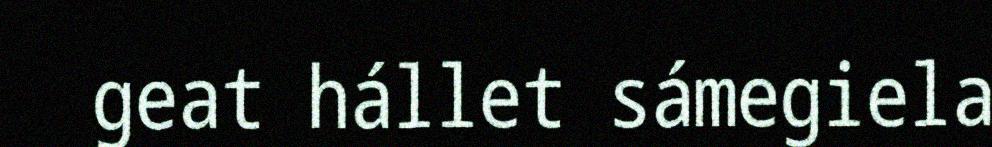
geat hállet sámegiela